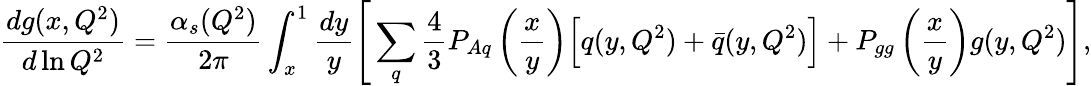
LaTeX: \frac{dg(x,Q^{2})}{d\ln Q^{2}}={\frac{\alpha_{s}(Q^{2})}{2\pi}}\int_{x}^{1}\frac{dy}{y}\Bigg[\sum_{q}{\frac{4}{3}}P_{Aq}\left(\frac{x}{y}\right)\Big[q(y,Q^{2})+\bar{q}(y,Q^{2})\Big]+P_{gg}\left(\frac{x}{y}\right)g(y,Q^{2})\Bigg],